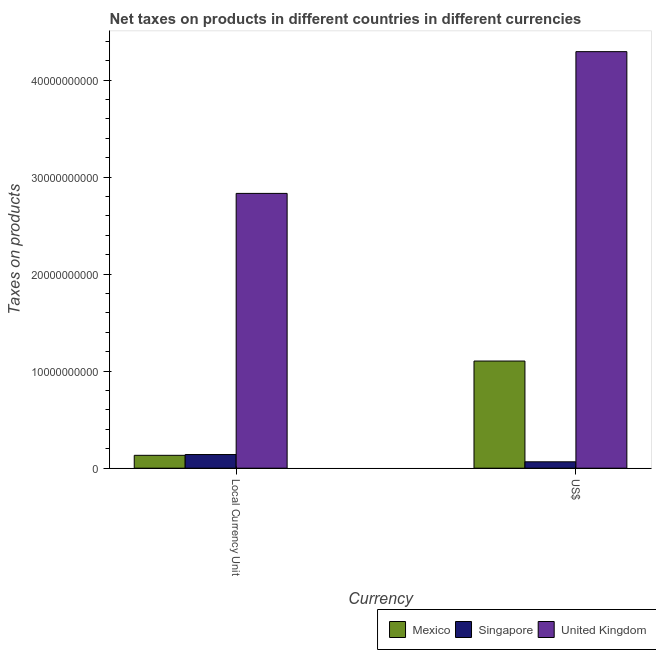
| Currency | Mexico | Singapore | United Kingdom |
 | --- | --- | --- | --- |
 | Local Currency Unit | 1.33e+09 | 1.41e+09 | 2.83e+10 |
 | US$ | 1.1e+10 | 6.57e+08 | 4.29e+10 |